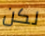
لكن